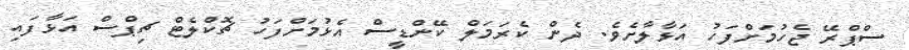
ސްޕްރޭ ޖެހުމަށްފަހު އަޅާލާށެވެ. ދެން ކެރަމަލް ކޭންޑީސް އެޅުމަށްފަހު ޗޮކްލެޓް ޗިޕްސް އަޅާފައި